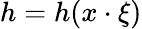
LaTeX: h=h(x\cdot\xi)